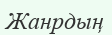
Жанрдың